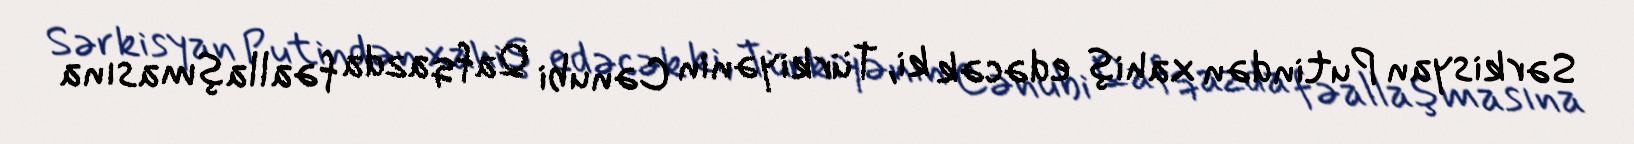
Sərkisyan Putindən xahiş edəcək ki, Türkiyənin Cənubi Qafqazda fəallaşmasına